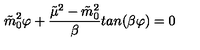
\tilde { m } _ { 0 } ^ { 2 } \varphi + { \frac { \tilde { \mu } ^ { 2 } - \tilde { m } _ { 0 } ^ { 2 } } { \beta } } t a n ( \beta \varphi ) = 0